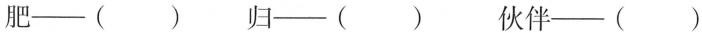
肥—( ) 归—( ­) 伙伴—( )­­­